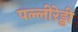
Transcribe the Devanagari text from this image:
पल्लीरेड्डी